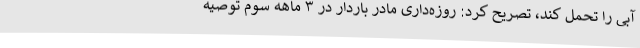
آبی را تحمل کند، تصریح کرد: روزه‌داری مادر باردار در ۳ ماهه سوم توصیه